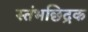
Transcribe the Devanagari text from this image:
स्तंभछिद्रक